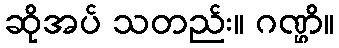
ဆိုအပ် သတည်း။ ဂဏ္ဌိ။